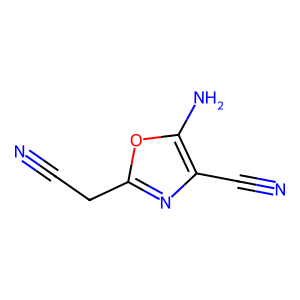
SMILES: N#CCc1nc(C#N)c(N)o1
Inhibits HIV replication: Yes